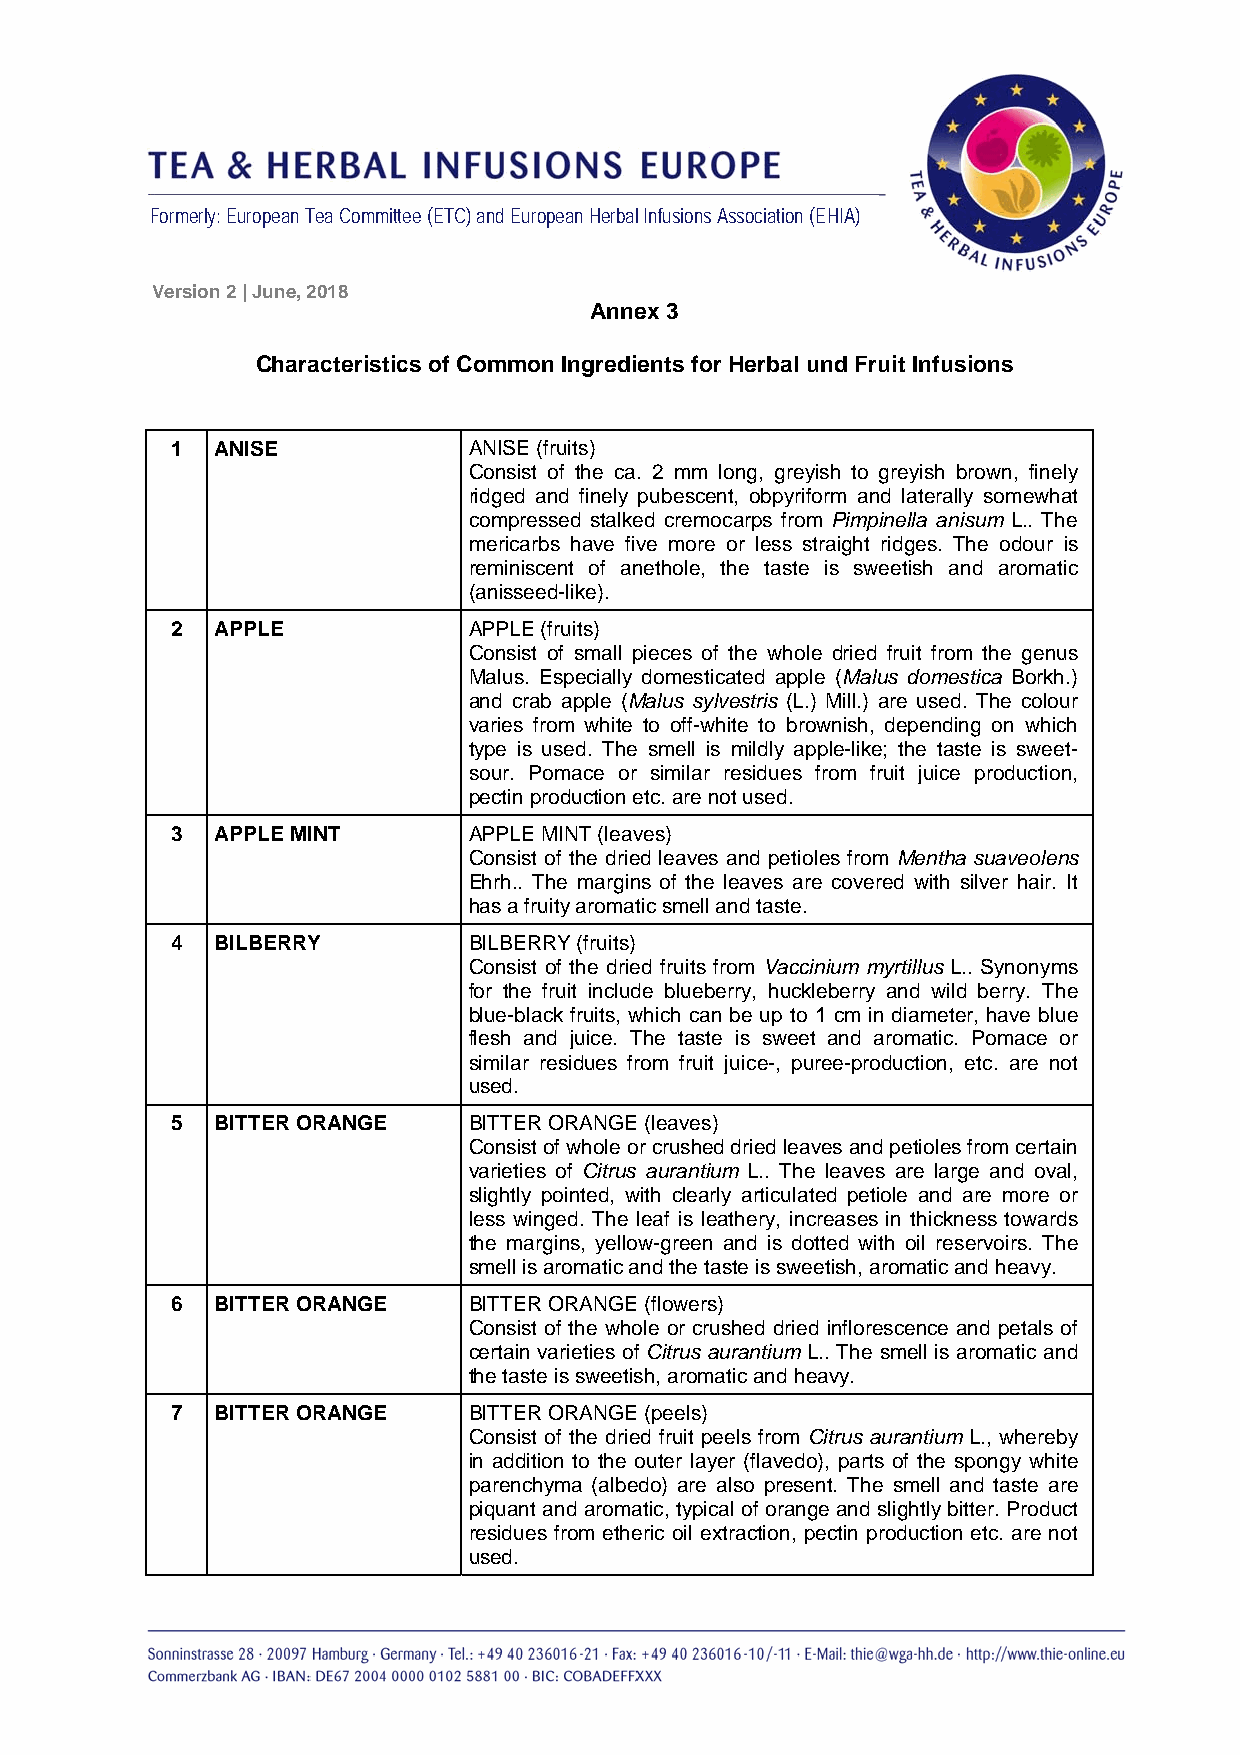
Formerly: European Tea Committee (ETC) and European Herbal Infusions Association (EHIA)
 Version 2 | June, 2018
 Annex 3
 Characteristics of Common Ingredients for Herbal und Fruit Infusions
 1  ANISE            ANISE (fruits)
 Consist of the ca. 2 mm long, greyish to greyish brown, finely
 ridged and finely pubescent, obpyriform and laterally somewhat
 compressed stalked cremocarps from Pimpinella anisum L.. The
 mericarbs have five more or less straight ridges. The odour is
 reminiscent of anethole, the taste is sweetish and aromatic
 (anisseed-like).
 2  APPLE            APPLE (fruits)
 Consist of small pieces of the whole dried fruit from the genus
 Malus. Especially domesticated apple (Malus domestica Borkh.)
 and crab apple (Malus sylvestris (L.) Mill.) are used. The colour
 varies from white to off-white to brownish, depending on which
 type is used. The smell is mildly apple-like; the taste is sweet-
 sour. Pomace or similar residues from fruit juice production,
 pectin production etc. are not used.
 3  APPLE MINT       APPLE MINT (leaves)
 Consist of the dried leaves and petioles from Mentha suaveolens
 Ehrh.. The margins of the leaves are covered with silver hair. It
 has a fruity aromatic smell and taste.
 4  BILBERRY         BILBERRY (fruits)
 Consist of the dried fruits from Vaccinium myrtillus L.. Synonyms
 for the fruit include blueberry, huckleberry and wild berry. The
 blue-black fruits, which can be up to 1 cm in diameter, have blue
 flesh and juice. The taste is sweet and aromatic. Pomace or
 similar residues from fruit juice-, puree-production, etc. are not
 used.
 5  BITTER ORANGE    BITTER ORANGE (leaves)
 Consist of whole or crushed dried leaves and petioles from certain
 varieties of Citrus aurantium L.. The leaves are large and oval,
 slightly pointed, with clearly articulated petiole and are more or
 less winged. The leaf is leathery, increases in thickness towards
 the margins, yellow-green and is dotted with oil reservoirs. The
 smell is aromatic and the taste is sweetish, aromatic and heavy.
 6  BITTER ORANGE    BITTER ORANGE (flowers)
 Consist of the whole or crushed dried inflorescence and petals of
 certain varieties of Citrus aurantium L.. The smell is aromatic and
 the taste is sweetish, aromatic and heavy.
 7  BITTER ORANGE    BITTER ORANGE (peels)
 Consist of the dried fruit peels from Citrus aurantium L., whereby
 in addition to the outer layer (flavedo), parts of the spongy white
 parenchyma (albedo) are also present. The smell and taste are
 piquant and aromatic, typical of orange and slightly bitter. Product
 residues from etheric oil extraction, pectin production etc. are not
 used.